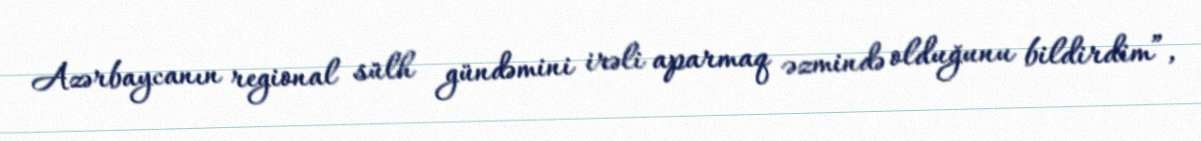
Azərbaycanın regional sülh gündəmini irəli aparmaq əzmində olduğunu bildirdim”,